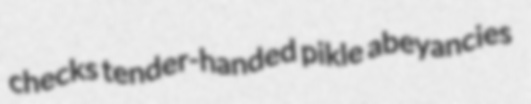
checks tender-handed pikle abeyancies